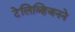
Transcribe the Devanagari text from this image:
टेलिव्हिजनने